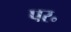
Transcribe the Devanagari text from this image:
पर॰